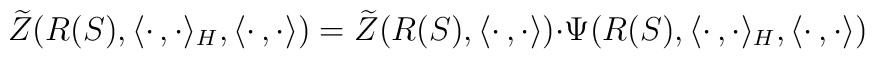
\widetilde{Z}(R(S),\langle\cdot\,,\cdot\rangle_H,\langle\cdot\,,\cdot\rangle)=\widetilde{Z}(R(S),\langle\cdot\,,\cdot\rangle){\cdot}\Psi(R(S),\langle\cdot\,,\cdot\rangle_H,\langle\cdot\,,\cdot\rangle)